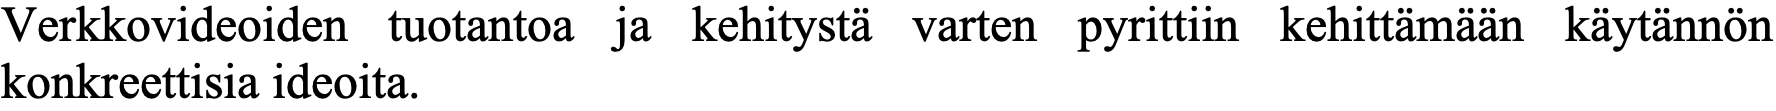
Verkkovideoiden tuotantoa ja kehitystä varten pyrittiin kehittämään käytännön konkreettisia ideoita.